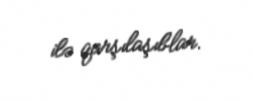
ilə qarşılaşıblar.